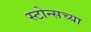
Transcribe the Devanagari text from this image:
स्टोन्सच्या